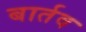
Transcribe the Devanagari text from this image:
बार्तव